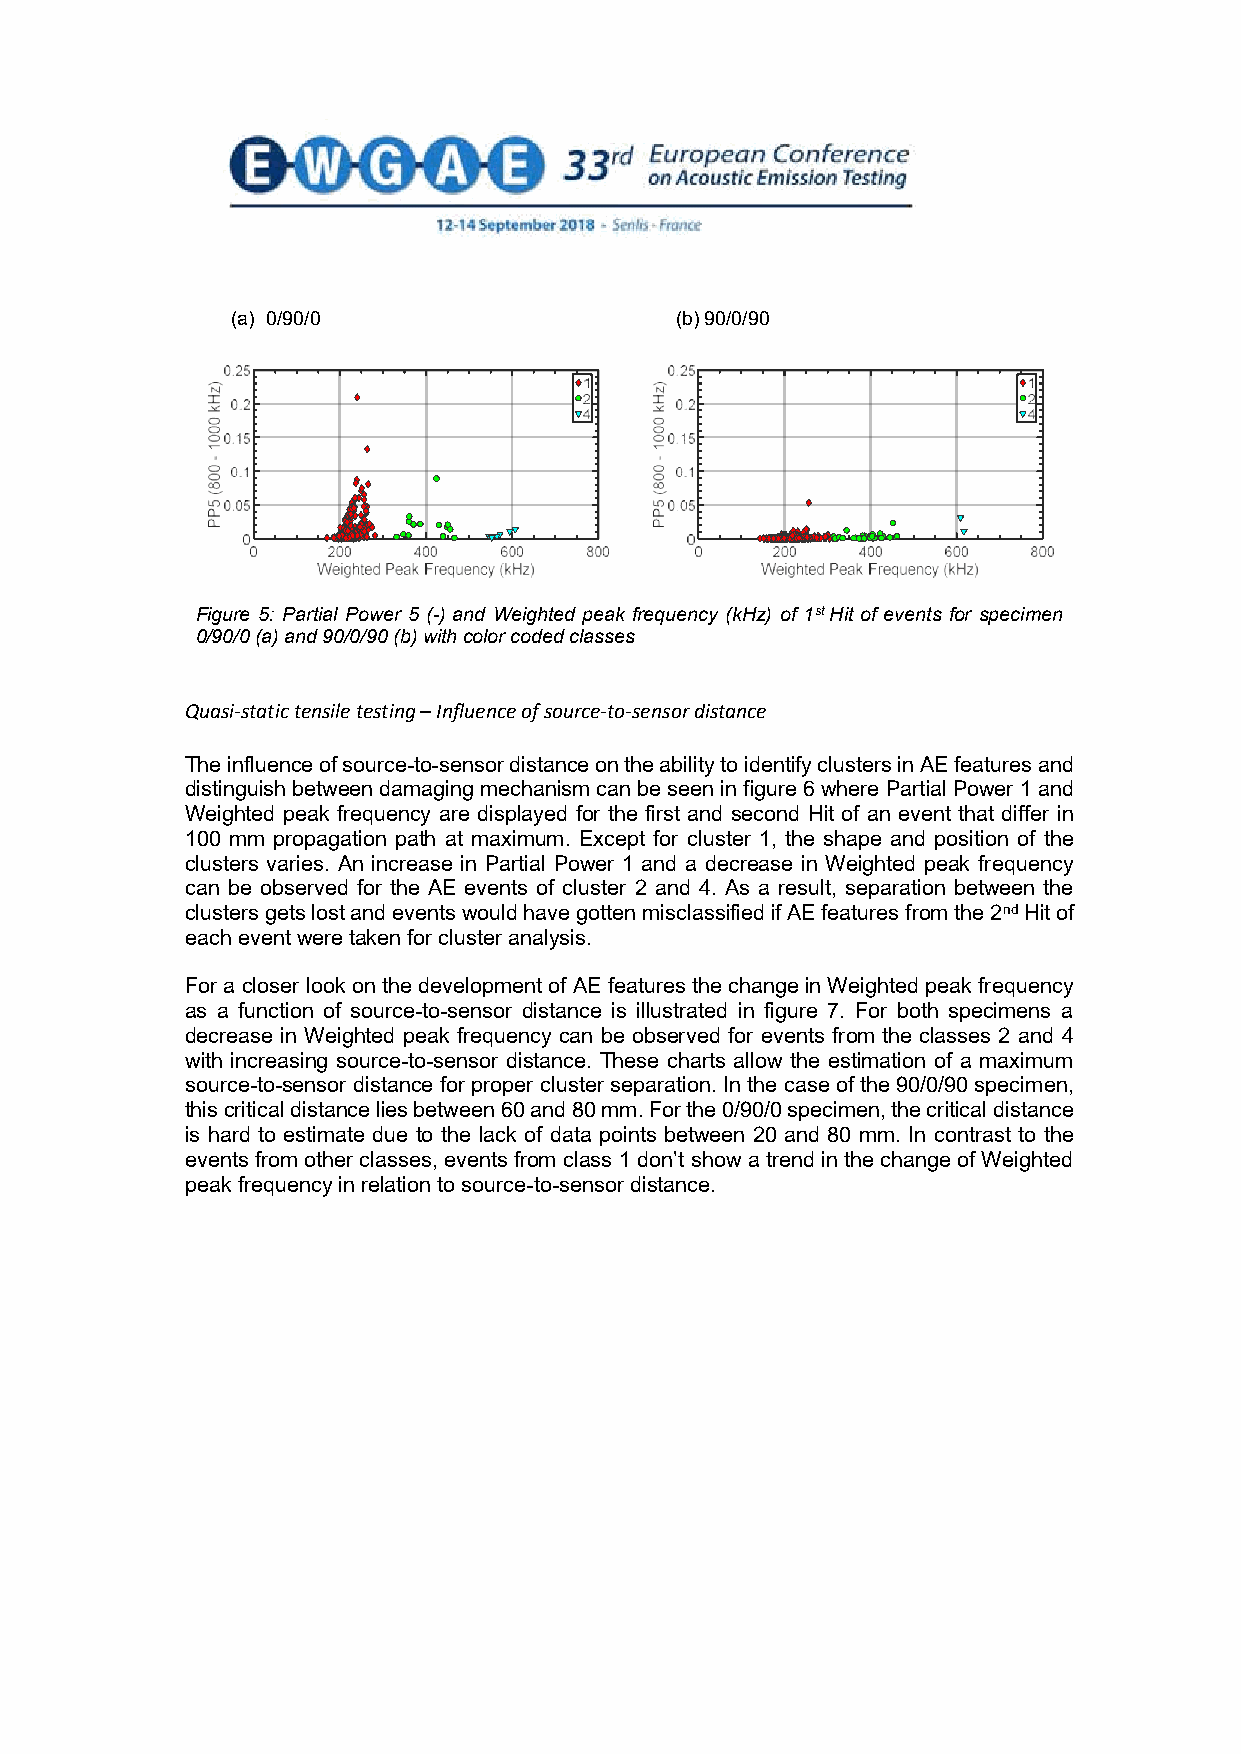
(a) 0/90/0                    (b) 90/0/90
 Figure 5: Partial Power 5 (-) and Weighted peak frequency (kHz) of 1st Hit of events for specimen
 0/90/0 (a) and 90/0/90 (b) with color coded classes
 Quasi-static tensile testing – Influence of source-to-sensor distance
 The influence of source-to-sensor distance on the ability to identify clusters in AE features and
 distinguish between damaging mechanism can be seen in figure 6 where Partial Power 1 and
 Weighted peak frequency are displayed for the first and second Hit of an event that differ in
 100 mm propagation path at maximum. Except for cluster 1, the shape and position of the
 clusters varies. An increase in Partial Power 1 and a decrease in Weighted peak frequency
 can be observed for the AE events of cluster 2 and 4. As a result, separation between the
 clusters gets lost and events would have gotten misclassified if AE features from the 2nd Hit of
 each event were taken for cluster analysis.
 For a closer look on the development of AE features the change in Weighted peak frequency
 as a function of source-to-sensor distance is illustrated in figure 7. For both specimens a
 decrease in Weighted peak frequency can be observed for events from the classes 2 and 4
 with increasing source-to-sensor distance. These charts allow the estimation of a maximum
 source-to-sensor distance for proper cluster separation. In the case of the 90/0/90 specimen,
 this critical distance lies between 60 and 80 mm. For the 0/90/0 specimen, the critical distance
 is hard to estimate due to the lack of data points between 20 and 80 mm. In contrast to the
 events from other classes, events from class 1 don’t show a trend in the change of Weighted
 peak frequency in relation to source-to-sensor distance.
 7